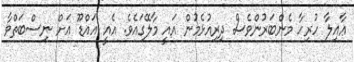
ޢާއިލާ ހުރިހާ މެންބަރުންވެސް ދިރިއުޅެމުން އައީ މާލޭގައެވެ. އެއީ އައްޑޫ އަށް ނިސްބަތްވާ